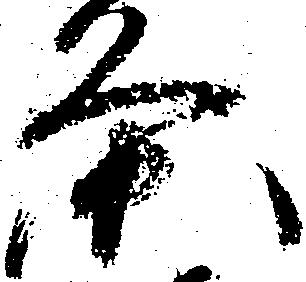
条